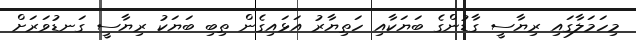
މިހަމަލާގައި ރިޔާސީ ގާޑުންގެ ބަޔަކާއި ހަތިޔާރު އަޅައިގެން ތިބި ބަޔަކު ރިޔާސީ ގަނޑުވަރަށް